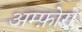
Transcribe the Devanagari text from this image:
अम्फ़ोरा